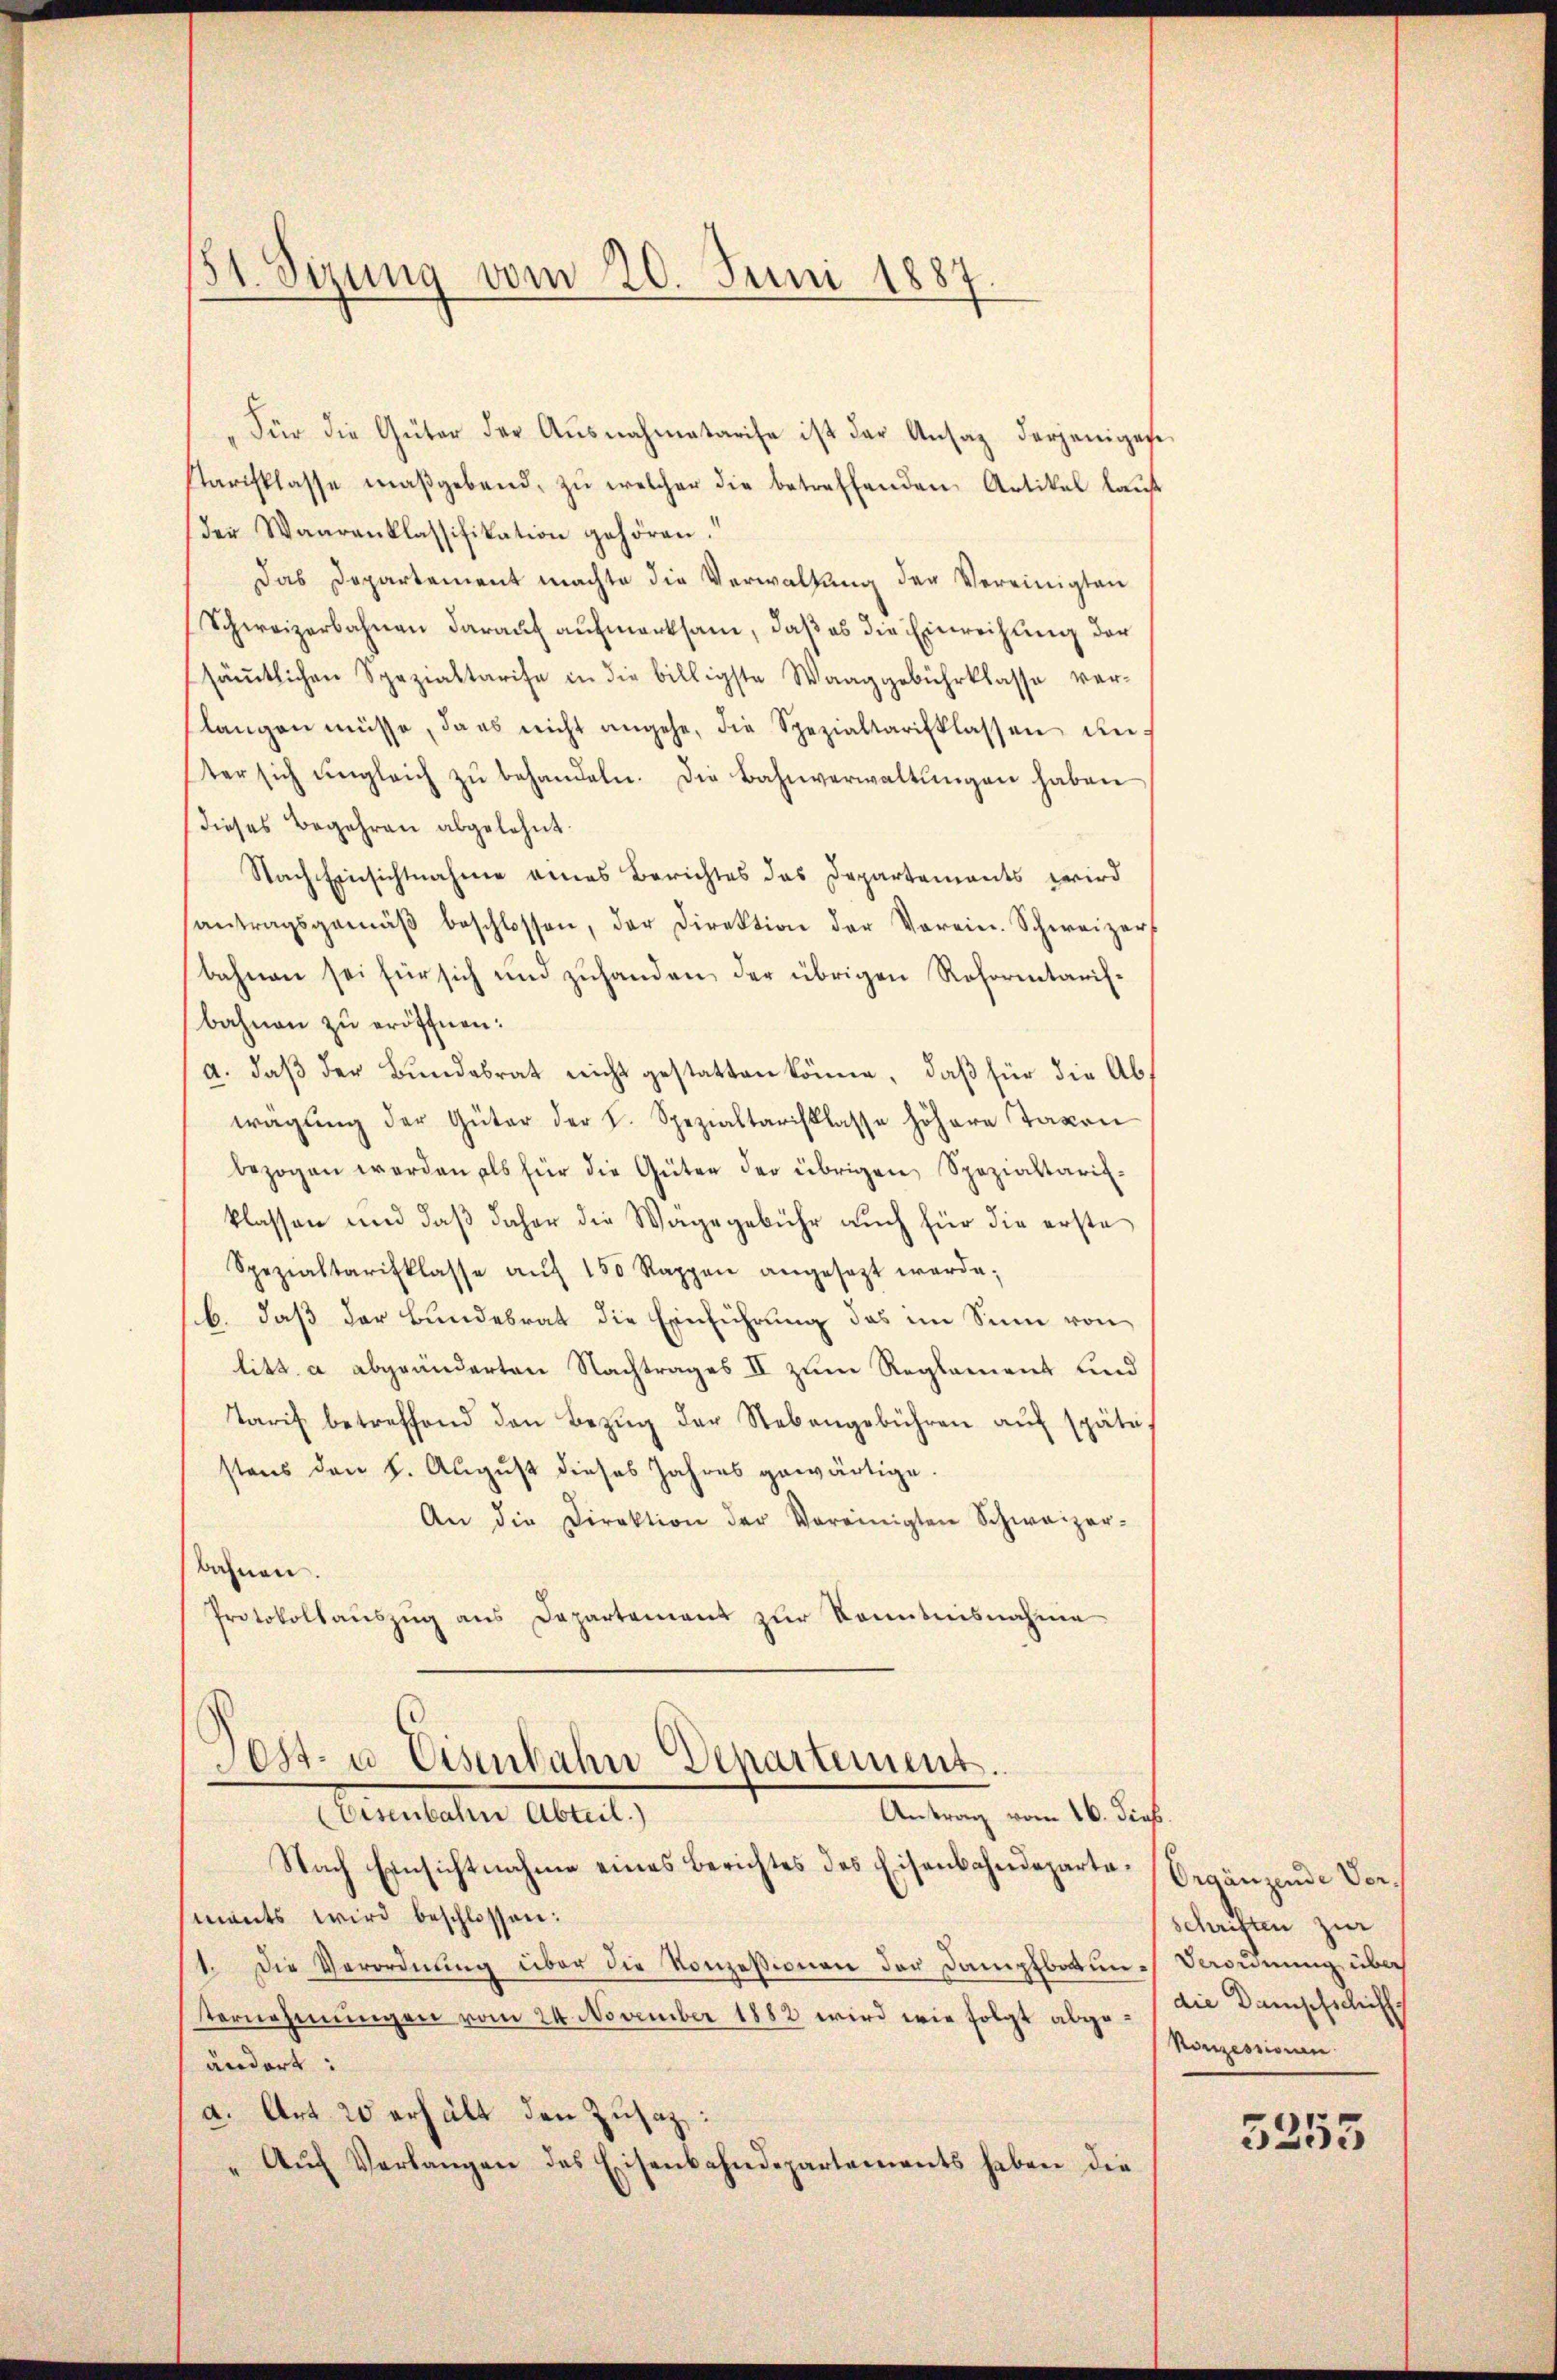
51. Sizung vom 20. Juni 1887.

"Für die Güter der Ausnahmetarise ist der Ansaz derjenigese
Parisklasse maßgebend, zŭ welcher die betreffenden Artikel laŭf
der Waarenklassifikation gehören.
Das Departement machte die Verwaltung der Vereinigten
Schweizerbahnen darauf aufmerksam, daß es die Einreihung der
säṁtlichen Spezialtarife in die billigste Waaggebührklasse ver-
slangen müsse, da es nicht angehe, die Spezialtarisklassen un
ter sich ungleich zŭ behandeln. Die Bahnverwaltŭngen haben
dieses Begehren abgelehnt.
Nach Einsichtnahme eines Berichtes das Departements wird
antragsgemäβ beschlossen, der Direktion der Verein-Schweizers
bahnen sei für sich und zuhanden der übrigen Rohorentarifbahnen zu eröffnen.
a. daß der Bundesrat nicht gestatten könne, daß für die Abtragŭng der Güter der L. Spezialtarisklasse höhere Taxen
bezogen werden als für die Güter der übrigen Spezialtarif-
klassen und daß daher die Wägegebühr auch für die erste
Spezialtarifklasse aŭf 150 Rappen angesetzt werde;
b. daß der Bundesrat die Einführung das im Sinn von
litt. a abgeänderten Nachtrages II zum Reglement und
Tarif betreffend den Bezŭg der Nebengebühren aŭf späte
stens den 8. August dieses Jahres gewärtige.
An die Direktion der Vereinigten Schweizer-
bahnen.
Protokollauszug aus Departement zur Kenntnisnahme

Pest- u Eisenbahn Departement.
Antrag vom 16. dies.
Senaten Abent,

Nach Einsichtnahme eines Berichtes des Eisenbahndeparte begänzende Vormants wird beschlossen:
1. Die Verordnung über die Konzessionen der Dampfboten-Verordnung über
ternehmungen vom 24. November 1882 wird wie folgt abge-Die Dampfschiff.
ändert:
d. Art. 20 erhält den Zusatz,
" Aŭf Verlangen des Eisenbahndepartements haben die

schriften zur
Konzessionen.

5255